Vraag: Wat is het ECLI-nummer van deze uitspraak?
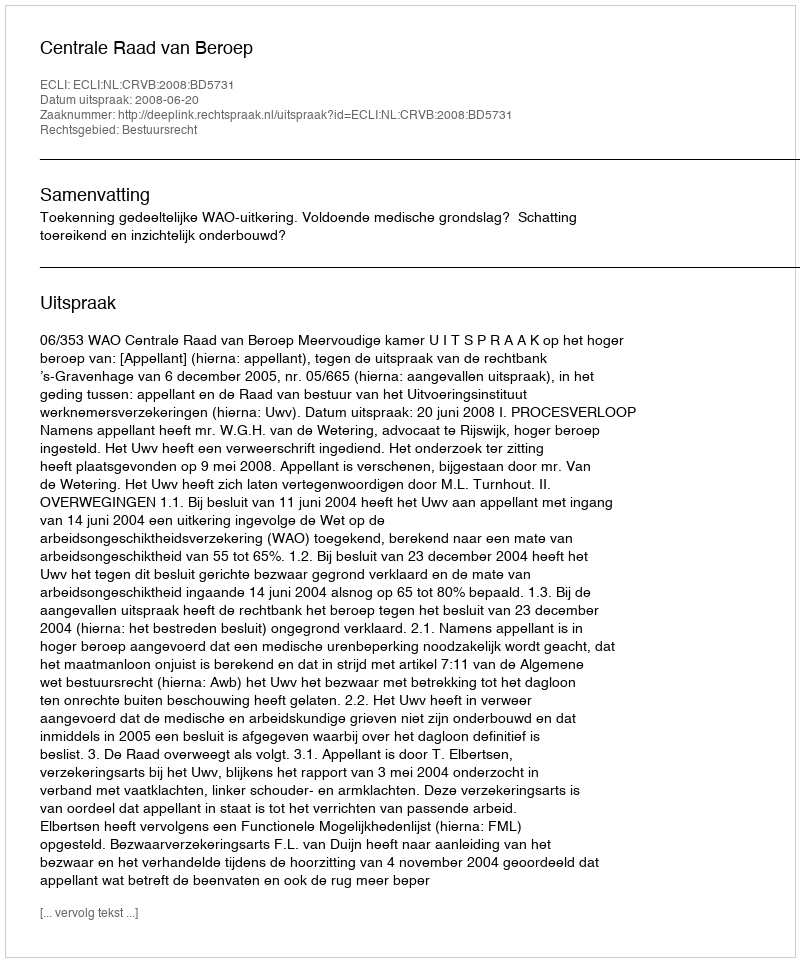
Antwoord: ECLI:NL:CRVB:2008:BD5731